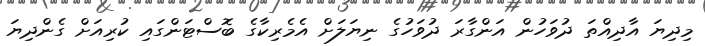
މިދިޔަ އާދިއްތަ ދުވަހުން އަންގާރަ ދުވަހުގެ ނިޔަލަށް އެމެރިކާގެ ބޮސްޓަންގައި ކުރިއަށް ގެންދިޔަ